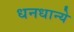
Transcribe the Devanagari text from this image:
धनधान्ये